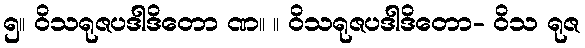
၅။ ဝိသရုဇပဒါဒိတော ဏ။ ။ ဝိသရုဇပဒါဒိတော- ဝိသ ရုဇ